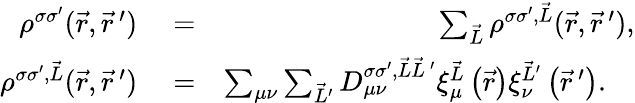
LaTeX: \begin{array}{rlr}{\rho^{\sigma\sigma^{\prime}}(\vec{r},\vec{r}\, ^{\prime})}&{{}=}&{\sum_{\vec{L}}\rho^{\sigma\sigma^{\prime},\vec{L}}(\vec{r},\vec{r}\, ^{\prime}),}\\ {\rho^{\sigma\sigma^{\prime},\vec{L}}(\vec{r},\vec{r}\, ^{\prime})}&{{}=}&{\sum_{\mu\nu}\sum_{\vec{L}^{\prime}}D_{\mu\nu}^{\sigma\sigma^{\prime},\vec{L}\vec{L}\, ^{\prime}}\xi_{\mu}^{\vec{L}}\left(\vec{r}\right)\xi_{\nu}^{\vec{L}^{\prime}}\left(\vec{r}\, ^{\prime}\right).\quad}\end{array}